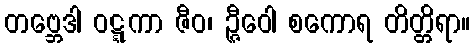
တဗ္ဘေဒါ ဝဋ္ဋကာ ဇီဝ၊ ဉ္ဇီဝေါ စကောရ တိတ္တိရာ။